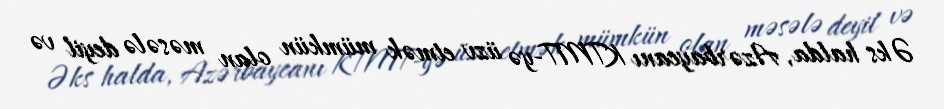
Əks halda, Azərbaycanı KTMT-yə üzv etmək mümkün olan məsələ deyil və